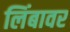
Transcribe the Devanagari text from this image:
लिंबावर